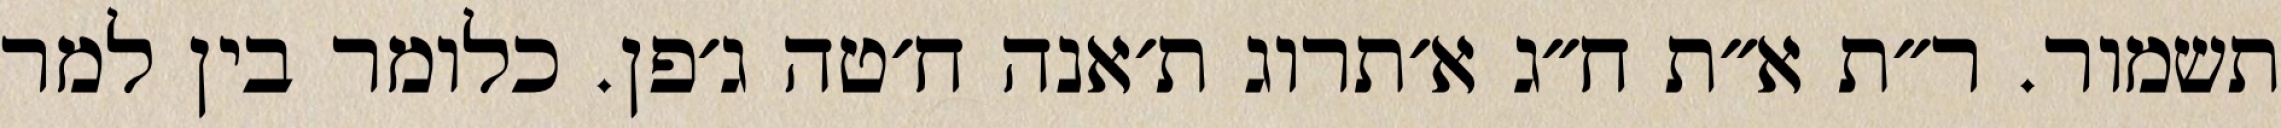
תשמור. ר״ת א״ת ח״ג א׳תרוג ת׳אנה ח׳טה ג׳פן. כלומר בין למר